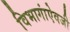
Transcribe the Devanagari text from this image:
विभागांऐवजी